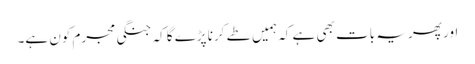
اور پھر یہ بات بھی ہے کہ ہمیں طے کرنا پڑے گا کہ جنگی مجرم کون ہے۔